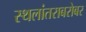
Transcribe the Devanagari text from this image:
स्थलांतराबरोबर